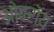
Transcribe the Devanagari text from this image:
ओबराॅय